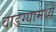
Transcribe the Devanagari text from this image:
वाडग्यामध्ये